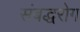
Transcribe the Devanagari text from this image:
संबद्धरोग